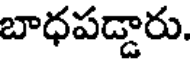
బాధపడ్డారు.